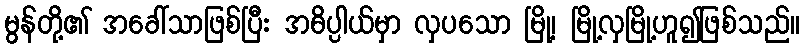
မွန်တို့၏ အခေါ်သာဖြစ်ပြီး အဓိပ္ပါယ်မှာ လှပသော မြို့၊ မြို့လှမြို့ဟူ၍ဖြစ်သည်။